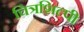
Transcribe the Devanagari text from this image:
चित्रशिल्पी